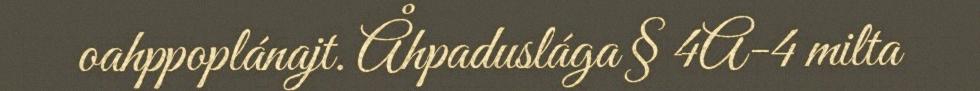
oahppoplánajt. Åhpaduslága § 4A-4 milta